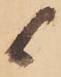
候